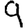
Digit: 9